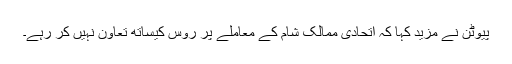
پیوٹن نے مزید کہا کہ اتحادی ممالک شام کے معاملے پر روس کیساتھ تعاون نہیں کر رہے۔